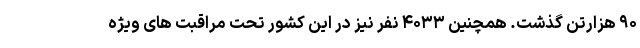
۹۰ هزارتن گذشت. همچنین ۴۰۳۳ نفر نیز در این کشور تحت مراقبت های ویژه